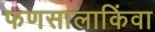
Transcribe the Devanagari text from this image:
फणसालाकिंवा